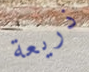
ذريعة